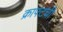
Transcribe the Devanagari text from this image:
क्राफ्टची